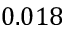
0 . 0 1 8